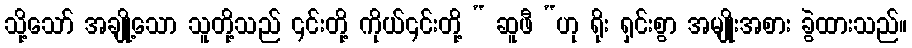
သို့သော် အချို့သော သူတို့သည် ၎င်းတို့ ကိုယ်၎င်းတို့ “ ဆူဖီ “ဟု ရိုး ရှင်းစွာ အမျိုးအစား ခွဲထားသည်။